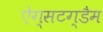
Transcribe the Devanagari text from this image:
ऐग्सटग्डैम